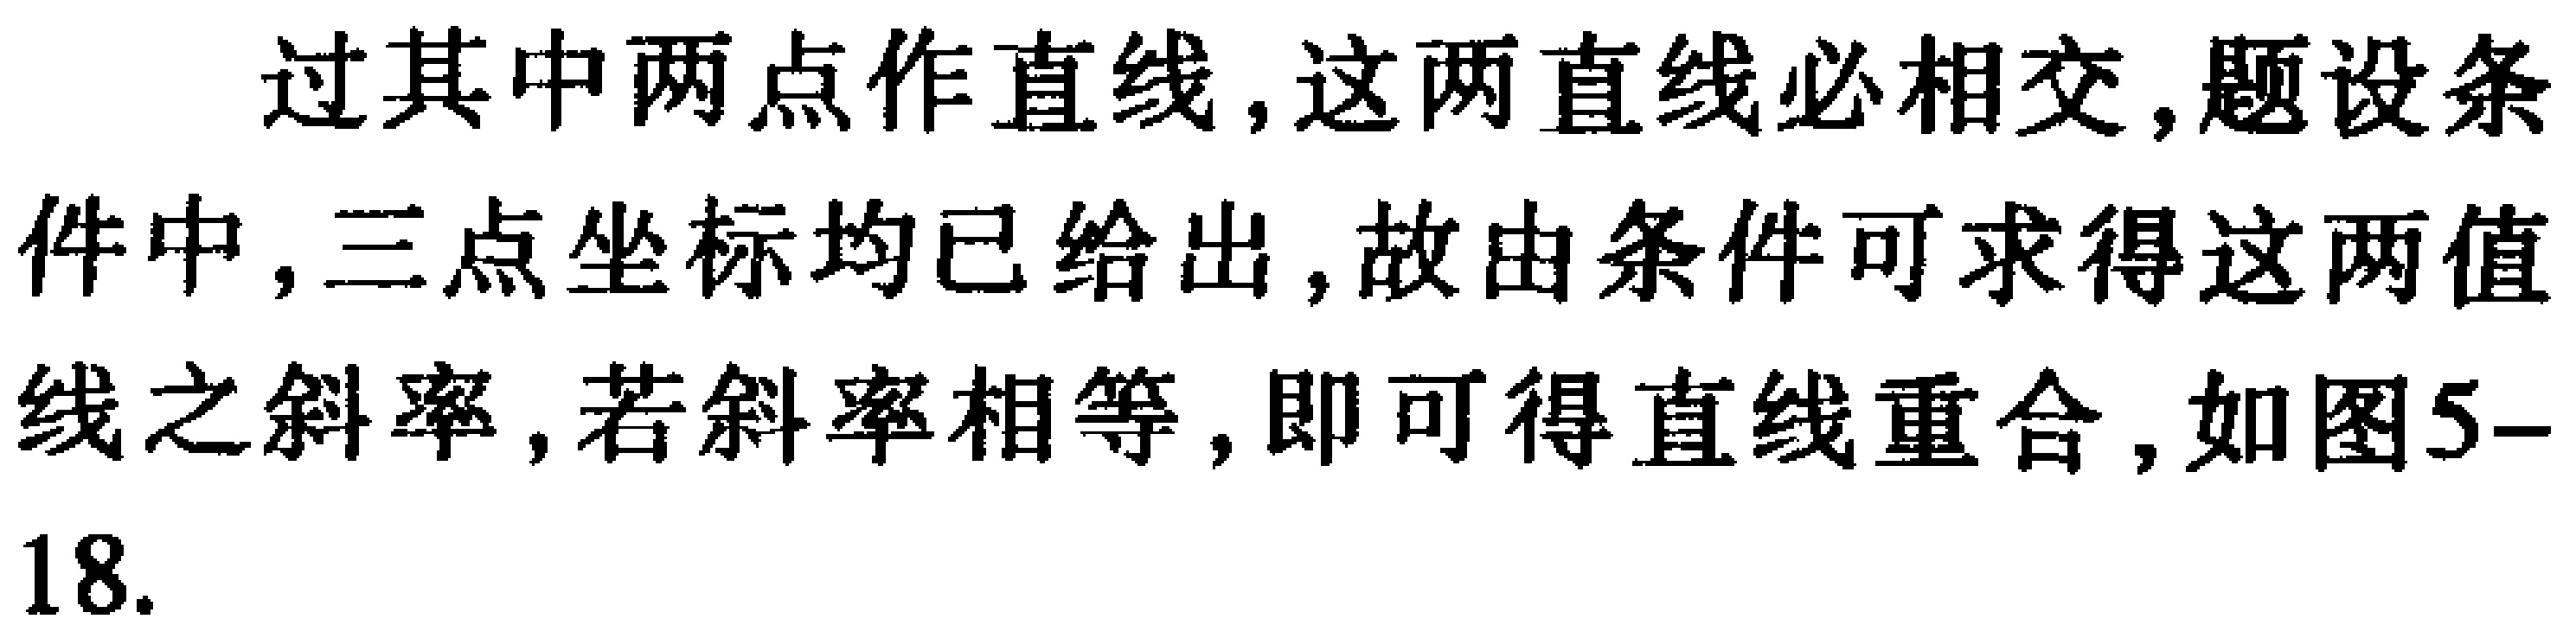
过其中两点作直线, 这两直线必相交, 题设条件中, 三点坐标均已给出, 故由条件可求得这两值线之斜率, 若斜率相等, 即可得直线重合, 如图5-18.